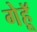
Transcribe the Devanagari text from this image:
गेहूॅ